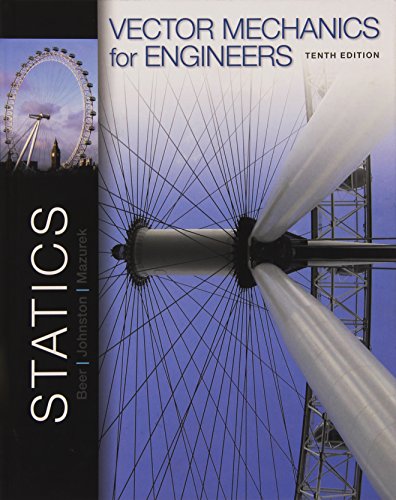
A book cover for Vector Mechanics for Engineers: Statics; Ferdinand Beer; Engineering & Transportation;